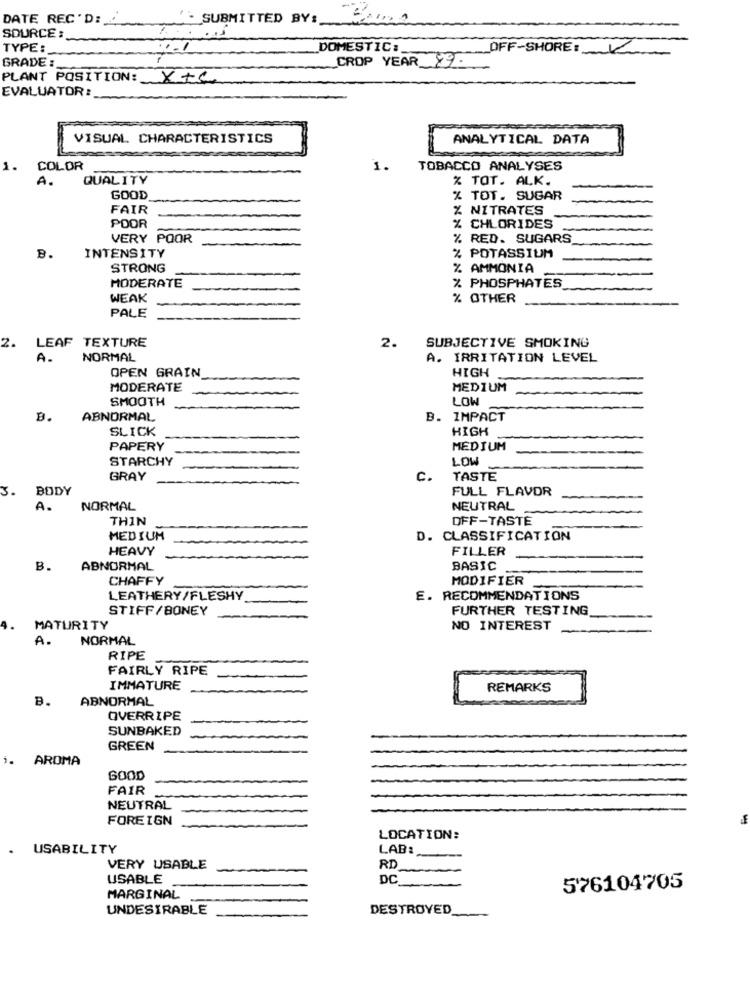
DATE REC 'D:
- SUBMITTED BY:
SOURCE :
TYPE:
DOMESTIC:
OFF-SHORE: 2
GRADE :
_CROP YEAR 89.
PLANT POSITION: XIC
EVALUATOR:
VISUAL CHARACTERISTICS
ANALYTICAL DATA
1.
COLOR
1.
TOBACCO ANALYSES
A.
QUALITY
% TOT. ALK.
GOOD
% TOT. SUGAR
FAIR
X NITRATES
POOR
CHLORIDES
VERY POOR
% RED. SUGARS
B.
INTENSITY
% POTASSIUM
STRONG
% AMMONIA
MODERATE
% PHOSPHATES
WEAK
% OTHER
PALE
LEAF TEXTURE
2.
SUBJECTIVE SMOKING
2.
A.
NORMAL
A. IRRITATION LEVEL
OPEN GRAIN
HIGH
MODERATE
MEDIUM
SMOOTH
LOW
B.
ABNORMAL
B. IMPACT
SLICK
HIGH
PAPERY
MEDIUM
STARCHY
LOW
GRAY
C.
TASTE
3.
BODY
FULL FLAVOR
A.
NORMAL
NEUTRAL
THIN
OFF-TASTE
MEDIUM
D. CLASSIFICATION
HEAVY
FILLER
B.
ABNORMAL
BASIC
CHAFFY
MODIFIER
LEATHERY/FLESHY
. RECOMMENDATIONS
STIFF/BONEY
FURTHER TESTING
MATURITY
NO INTEREST
A.
NORMAL
RIPE
FAIRLY RIPE
IMMATURE
REMARKS
B.
ABNORMAL
OVERRIPE
SUNBAKED
GREEN
AROMA
GOOD
FAIR
NEUTRAL
FOREIGN
LOCATION:
USABILITY
LAB:
VERY USABLE
RD
USABLE
DC
576104705
MARGINAL
UNDESIRABLE
DESTROYED